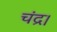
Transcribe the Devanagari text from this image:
चंद्र।